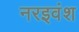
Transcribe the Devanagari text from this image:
नरइवंश